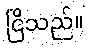
ငြိသည်။